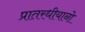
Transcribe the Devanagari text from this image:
प्रातरधीयानो